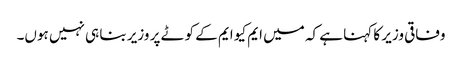
وفاقی وزیر کا کہنا ہے کہ میں ایم کیو ایم کے کوٹے پر وزیر بنا ہی نہیں ہوں۔